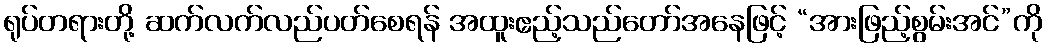
ရုပ်တရားတို့ ဆက်လက်လည်ပတ်စေရန် အထူးဧည့်သည်တော်အနေဖြင့် “အားဖြည့်စွမ်းအင်”ကို